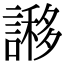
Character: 謻